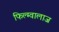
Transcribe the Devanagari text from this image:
फिल्म्वालाज